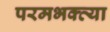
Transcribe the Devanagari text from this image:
परमभक्त्या